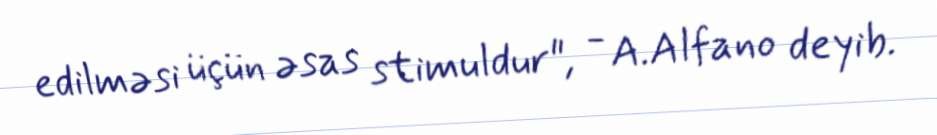
edilməsi üçün əsas stimuldur", - A.Alfano deyib.